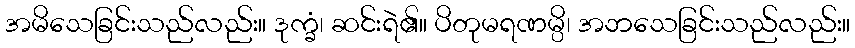
အမိသေခြင်းသည်လည်း။ ဒုက္ခံ၊ ဆင်းရဲ၏။ ပိတုမရဏမ္ပိ၊ အဘသေခြင်းသည်လည်း။